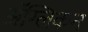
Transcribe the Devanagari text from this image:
ॲंग्लिकन